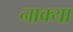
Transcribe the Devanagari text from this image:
नाक्या